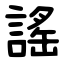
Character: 謠